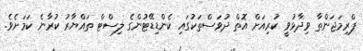
ޕްރިމަޖަންތާ ވިދާޅުވީ ކުރިއަށް އޮތް ދުވަސްތަކުގައި ކެންޑިޑޭޓުންގެ ލިސްޓް ތައްޔާރު ކުރާނެ ކަމަށެވެ.